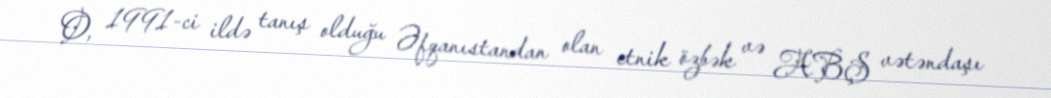
O, 1991-ci ildə tanış olduğu Əfqanıstandan olan etnik özbək və ABŞ vətəndaşı